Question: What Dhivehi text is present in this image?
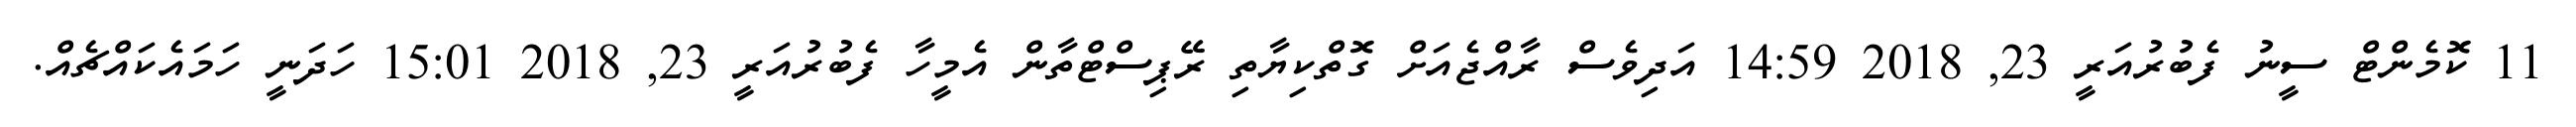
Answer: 11 ކޮމެންޓް ސީނު ފެބުރުއަރީ 23, 2018 14:59 އަދިވެސް ރާއްޖެއަށް ގޮތްކިޔާތި ރޭޕިސްޓްތާން އެމީހާ ފެބުރުއަރީ 23, 2018 15:01 ހަދަނީ ހަމައެކައްޗެއް.